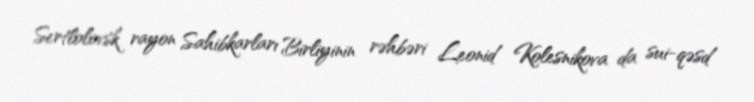
Sertlolovsk rayon Sahibkarları Birliyinin rəhbəri Leonid Kolesnikova da sui-qəsd